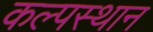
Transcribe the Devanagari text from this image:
कल्पस्थान